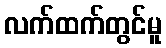
လက်ထက်တွင်မူ